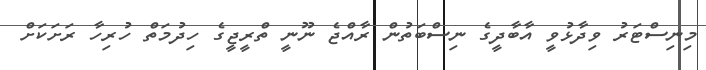
މިނިސްޓަރު ވިދާޅުވީ އާބާދީގެ ނިސްބަތުން ރާއްޖެ ނޫނީ ތްރީޖީގެ ހިދުމަތް ހުރިހާ ރަށަކަށް